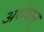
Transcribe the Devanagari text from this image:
अर्थवान्